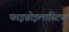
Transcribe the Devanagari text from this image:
फाइब्रोइलास्टिक